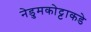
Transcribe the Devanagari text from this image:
नेडुमकोट्टाकडे